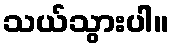
သယ်သွားပါ။